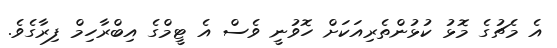
އެ މެޗުގެ މޮޅު ކުޅުންތެރިއަކަށް ހޮވުނީ ވެސް އެ ޓީމްގެ އިބްރާހިމް ފިރާގެވެ.